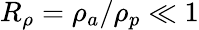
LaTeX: R_{\rho}=\rho_{a}/\rho_{p}\ll 1